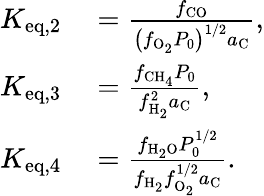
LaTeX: \begin{array}{rl}{K_{\mathrm{eq,2}}}&{{}=\frac{f_{\mathrm{CO}}}{\left(f_{\mathrm{O_{2}}}P_{0}\right)^{1/2}a_{\mathrm{C}}},}\\ {K_{\mathrm{eq,3}}}&{{}=\frac{f_{\mathrm{CH_{4}}}P_{0}}{f_{\mathrm{H_{2}}}^{2}a_{\mathrm{C}}},}\\ {K_{\mathrm{eq,4}}}&{{}=\frac{f_{\mathrm{H_{2}O}}P_{0}^{1/2}}{f_{\mathrm{H_{2}}}f_{\mathrm{O_{2}}}^{1/2}a_{\mathrm{C}}}.}\end{array}